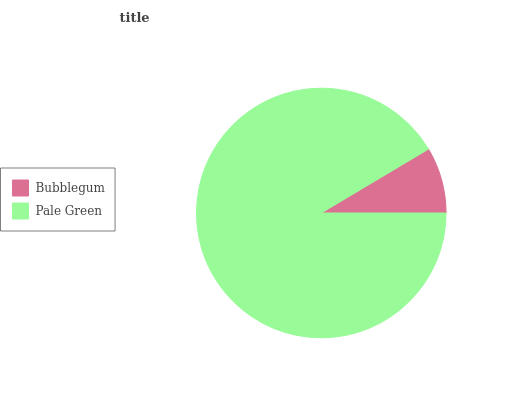
| Bubblegum | Pale Green |
 | --- | --- |
 | 8.54% | 91.5% |